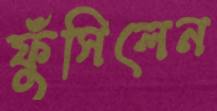
ফুঁসিলেন